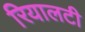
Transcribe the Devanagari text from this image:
रियालटी